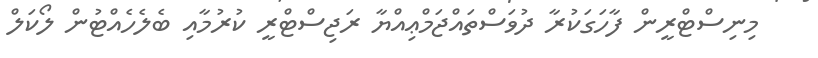
މިނިސްޓްރީން ފާހަގަކުރާ ދުވަސްތައްޖަމްޢިއްޔާ ރަޖިސްޓްރީ ކުރުމާއި ބެލެހެއްޓުން ލޯކަލް